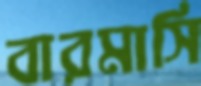
বারমাসি